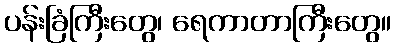
ပန်းခြံကြီးတွေ၊ ရေကာတာကြီးတွေ။